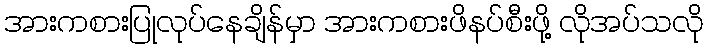
အားကစားပြုလုပ်နေချိန်မှာ အားကစားဖိနပ်စီးဖို့ လိုအပ်သလို